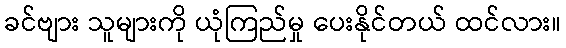
ခင်ဗျား သူများကို ယုံကြည်မှု ပေးနိုင်တယ် ထင်လား။